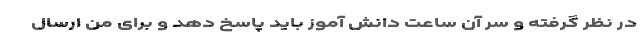
در نظر گرفته و سر آن ساعت دانش آموز باید پاسخ دهد و برای من ارسال